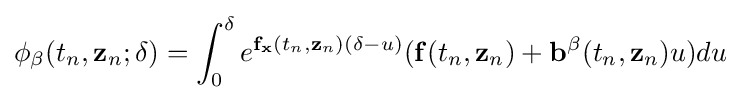
\mathbf {\phi } _{\mathbb {\beta } }(t_{n},\mathbf {z} _{n};\delta )=\int _{0}^{\delta }e^{\mathbf {f} _{\mathbf {x} }(t_{n},\mathbf {z} _{n})(\delta -u)}(\mathbf {f(} t_{n},\mathbf {z} _{n})+\mathbf {b} ^{\mathbb {\beta } }(t_{n},\mathbf {z} _{n})u)du